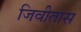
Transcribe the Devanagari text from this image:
जिवीतास